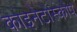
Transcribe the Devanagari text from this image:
काइनेटोस्कोप